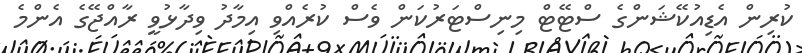
ކުރިން އެޑިއުކޭޝަންގެ ސްޓޭޓް މިނިސްޓަރުކަން ވެސް ކުރެއްވި އިމާދު ވިދާޅުވީ ރާއްޖޭގެ އެންމެ